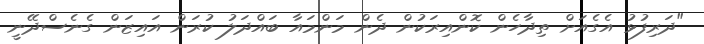
"ދަރިފުޅު އެގެއަށް ތިދާހެން ކޮންއިރަކުން ދެން މަންމައާ ބައްދަލު ކުރަން އައިޒަން ގެނެސްދޭނީ